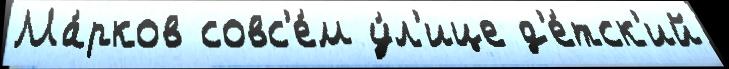
Ма́рков совс'е́м у́л'ице д'е́тск'ий